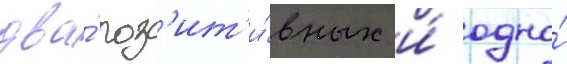
два́ поз'ит'и́вных и́ одно́